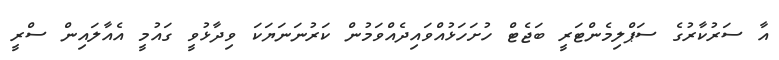
އާ ސަރުކާރުގެ ސަޕްލިމެންޓަރީ ބަޖެޓް ހުށަހަޅުއްވައިދެއްވަމުން ކަރުނަނަޔަކަ ވިދާޅުވީ ގައުމީ އެއާލައިން ސްރީ